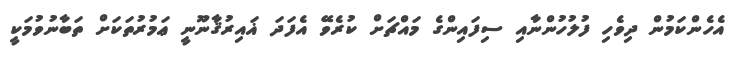
އެހެންކަމުން ދިވެހި ފުލުހުންނާއި ސިފައިންގެ މައްޗަށް ކުރެވޭ އެފަދަ ޣައިރުޤާނޫނީ ޢަމުރުތަކަށް ތަބާނުވުމަކީ